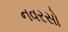
નવરસો